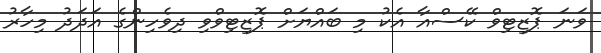
ވަނަ ޕޮޒިޓިވް ކޭސްއާ އެކު މި ބައްޔަށް ޕޮޒިޓިވްވި ދިވެހިންގެ އަދަދު މިހާރު